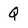
Character: Q